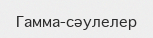
Гамма-сәулелер